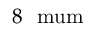
8 ~ \mathrm { \ m u m }